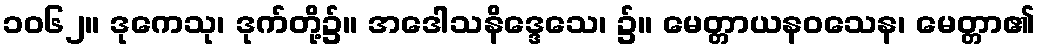
၁၀၆၂။ ဒုကေသု၊ ဒုက်တို့၌။ အဒေါသနိဒ္ဒေသေ၊ ၌။ မေတ္တာယနဝသေန၊ မေတ္တာ၏